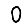
Digit: 0